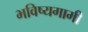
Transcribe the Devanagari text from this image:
भविष्यगामी